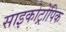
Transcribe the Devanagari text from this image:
साइकोट्रोपिक